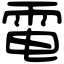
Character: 電